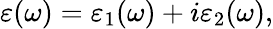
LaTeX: \varepsilon(\omega)=\varepsilon_{1}(\omega)+i\varepsilon_{2}(\omega),